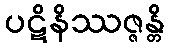
ပဋိနိဿဇ္ဇန္တိ